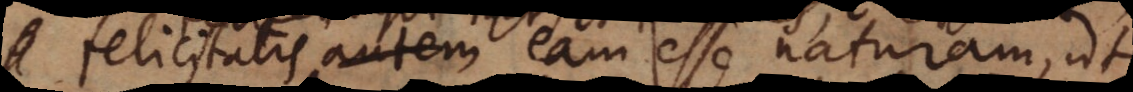
felicitatis autem eam esse naturam, ut